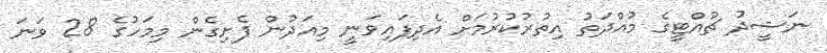
ނަޝީދު ޗުއްޓީގެ މުއްދަތު އިތުރުކުރުމަށް އެދިފައިވަނީ މިއަދުން ފެށިގެން މިމަހުގެ 28 ވަނަ